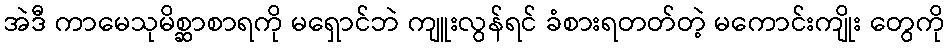
အဲဒီ ကာမေသုမိစ္ဆာစာရကို မရှောင်ဘဲ ကျူးလွန်ရင် ခံစားရတတ်တဲ့ မကောင်းကျိုး တွေကို